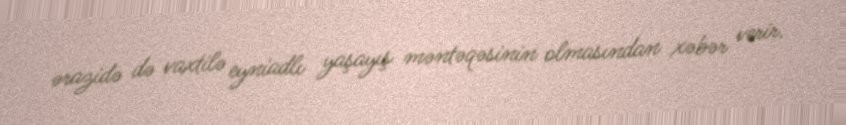
ərazidə də vaxtilə eyniadlı yaşayış məntəqəsinin olmasından xəbər verir.